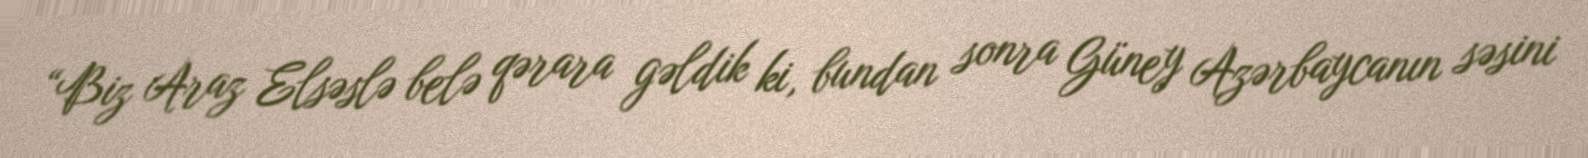
“Biz Araz Elsəslə belə qərara gəldik ki, bundan sonra Güney Azərbaycanın səsini